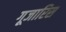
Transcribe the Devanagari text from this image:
गूजारिस